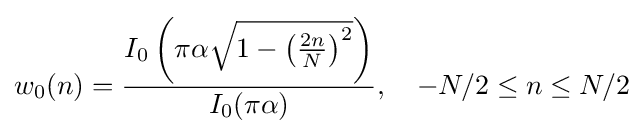
w_{0}(n)={\frac {I_{0}\left(\pi \alpha {\sqrt {1-\left({\frac {2n}{N}}\right)^{2}}}\right)}{I_{0}(\pi \alpha )}},\quad -N/2\leq n\leq N/2